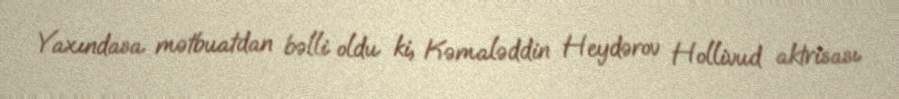
Yaxındasa mətbuatdan bəlli oldu ki, Kəmaləddin Heydərov Hollivud aktrisası